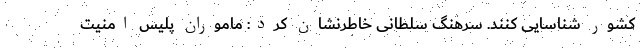
کشور شناسایی کنند. سرهنگ سلطانی خاطرنشان کرد: ماموران پلیس امنیت